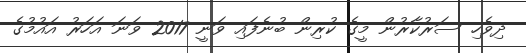
ދިވެހި ސަރުކާރުން މީގެ ކުރިން ބުނެފައި ވަނީ 2017 ވަނަ އަހަރު އައުމުގެ